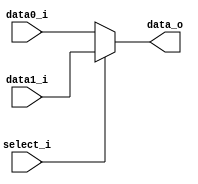
//Subject:     CO project 2 - MUX 221
//--------------------------------------------------------------------------------
//Version:     1
//--------------------------------------------------------------------------------
//Writer:      Chieh Nien
//----------------------------------------------
//----------------------------------------------
//Description: 
//--------------------------------------------------------------------------------
     
module MUX_2to1(
               data0_i,
               data1_i,
               select_i,
               data_o
               );

parameter size = 0;			   
			
//I/O ports               
input   [size-1:0] data0_i;          
input   [size-1:0] data1_i;
input              select_i;
output  [size-1:0] data_o; 

//Internal Signals
//reg     [size-1:0] data_o;

//Main function
assign data_o = select_i ? data1_i : data0_i;

endmodule